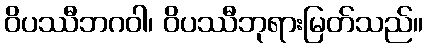
ဝိပဿီဘဂဝါ၊ ဝိပဿီဘုရားမြတ်သည်။